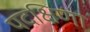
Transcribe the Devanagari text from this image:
पदक्षिणा